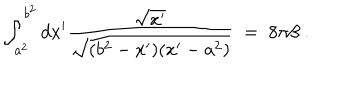
\int _ { a ^ { 2 } } ^ { b ^ { 2 } } d x ^ { \prime } { \frac { \sqrt { x ^ { \prime } } } { \sqrt { ( b ^ { 2 } - x ^ { \prime } ) ( x ^ { \prime } - a ^ { 2 } ) } } } \; = \; 8 \pi \beta \; .